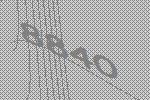
8840